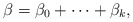
\begin{align*}\beta=\beta_0+\cdots+\beta_k,\end{align*}